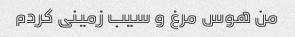
من هوس مرغ و سیب زمینی کردم